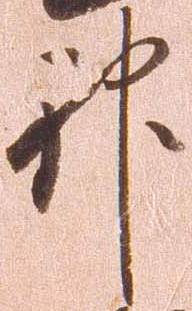
神